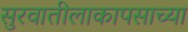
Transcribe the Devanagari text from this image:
सुरवातीलाकापसाच्या